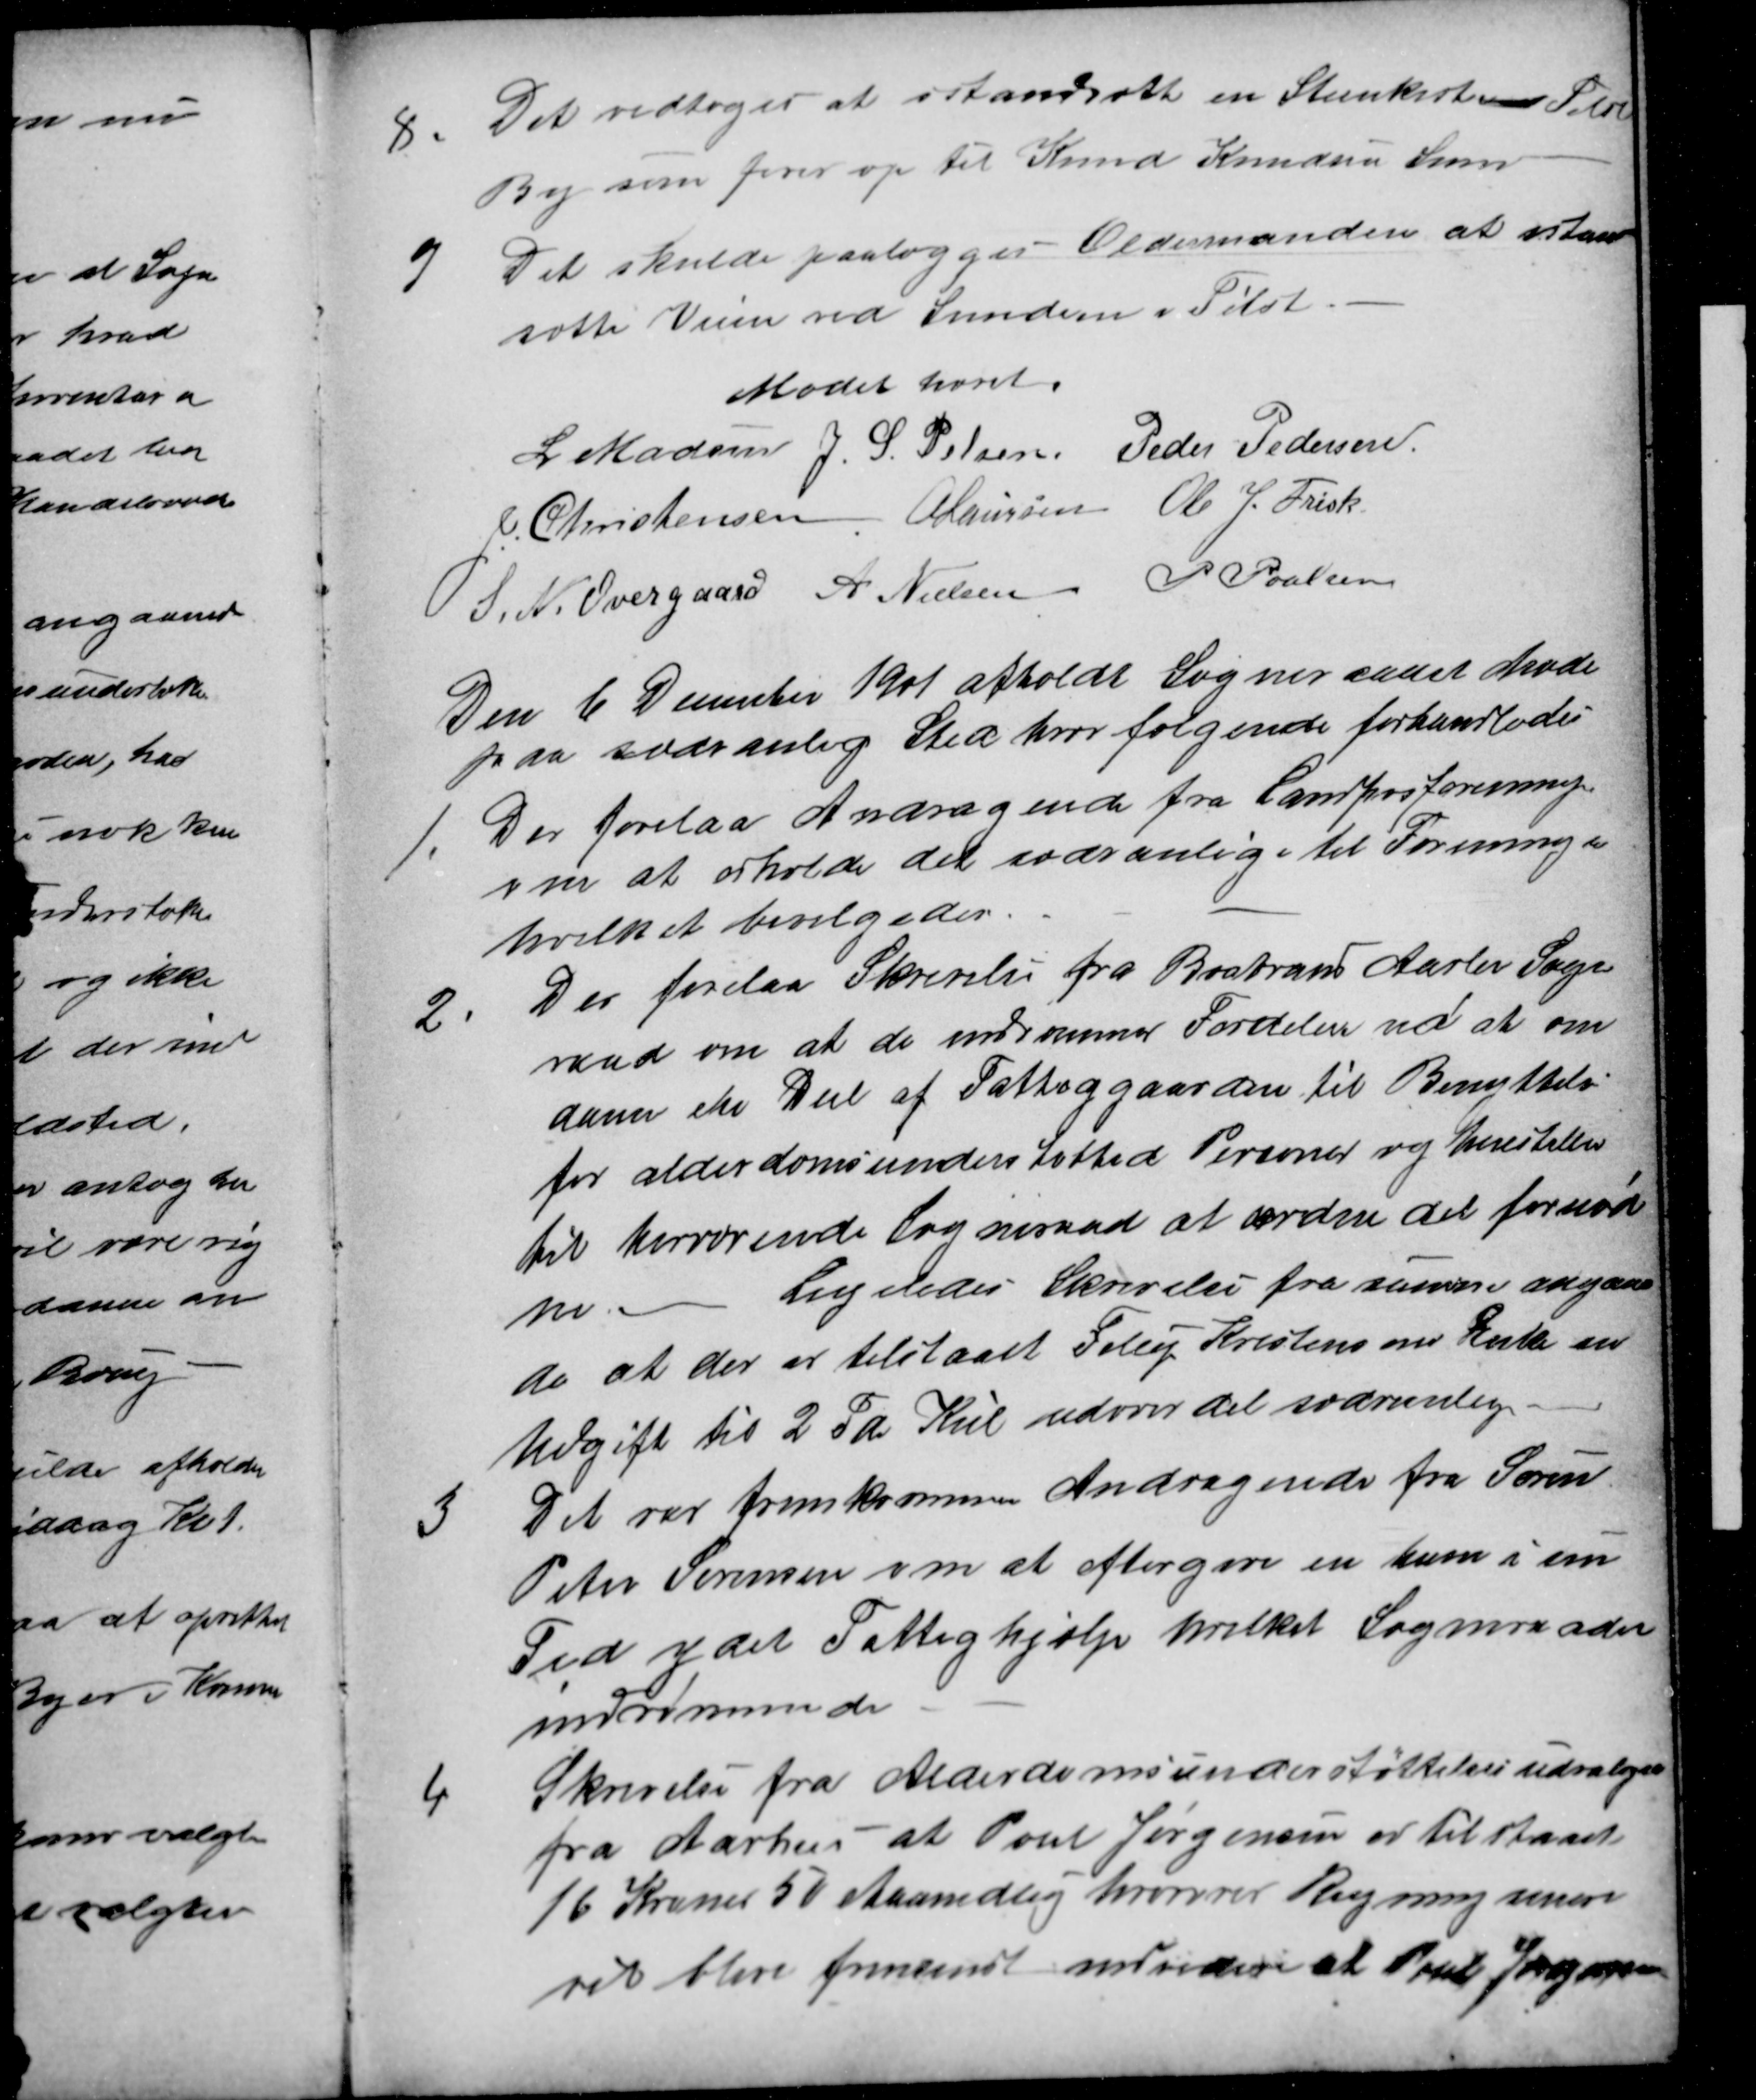
Transskription:
8
Det vedtoges at istandsætte en Stenkiste ved Tilst
By som fører op til Knud Knudsen Søren
9
Det skulde paalægges Oldermanden at istand
sætte Veien ved Smedien i Tilst.
Mødet hævet.
L Madsen J. S. Pelsen Peder Pedersen
J. Christensen A Laursen Ole J. Frisk
S. N. Overgaard A. Nielsen P Poulsen
Den 6 December 1901 afholdt Sogneraadet Møde
paa sædvanlig Sted hvor følgende forhandledes
1.
Der forelaa Andragende fra Landposforeningen
om at erholde det sædvanlige til Foreningen
hvilket bevilgedes.
2
Der forelaa Skrivelse fra Brabrand Aarlve Sogne
raad om at de indrømmer Fordelen ved at om
danne en Deel af Fattiggaarden til Benyttelse
for alderdomsunderstøtted Personer og henstiller
til herværende Sogneraad at ordne det fornød
ne. Ligeledes Skrivelse fra samme angaaen
de at der er tilstaaet Filip Krestensens Enke en
Udgift til 2 Td Kul udover det sædvanlige
3
Det var fremkommen Andragende fra Søren
Peter Sørensen om at eftergive en ham i sin
Tid ydet Fattighjælp hvilket Sogneraadet
indrømmede
4
Skrivelse fra Alderdomsunderstøttelsesudvalget
fra Aarhus at Poul Jørgensen er tilstaaet
16 Kroner 50 Maanedlig hvorover Regning senere
vil blive fremsendt endvidere at Poul Jørgensen